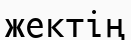
жектің